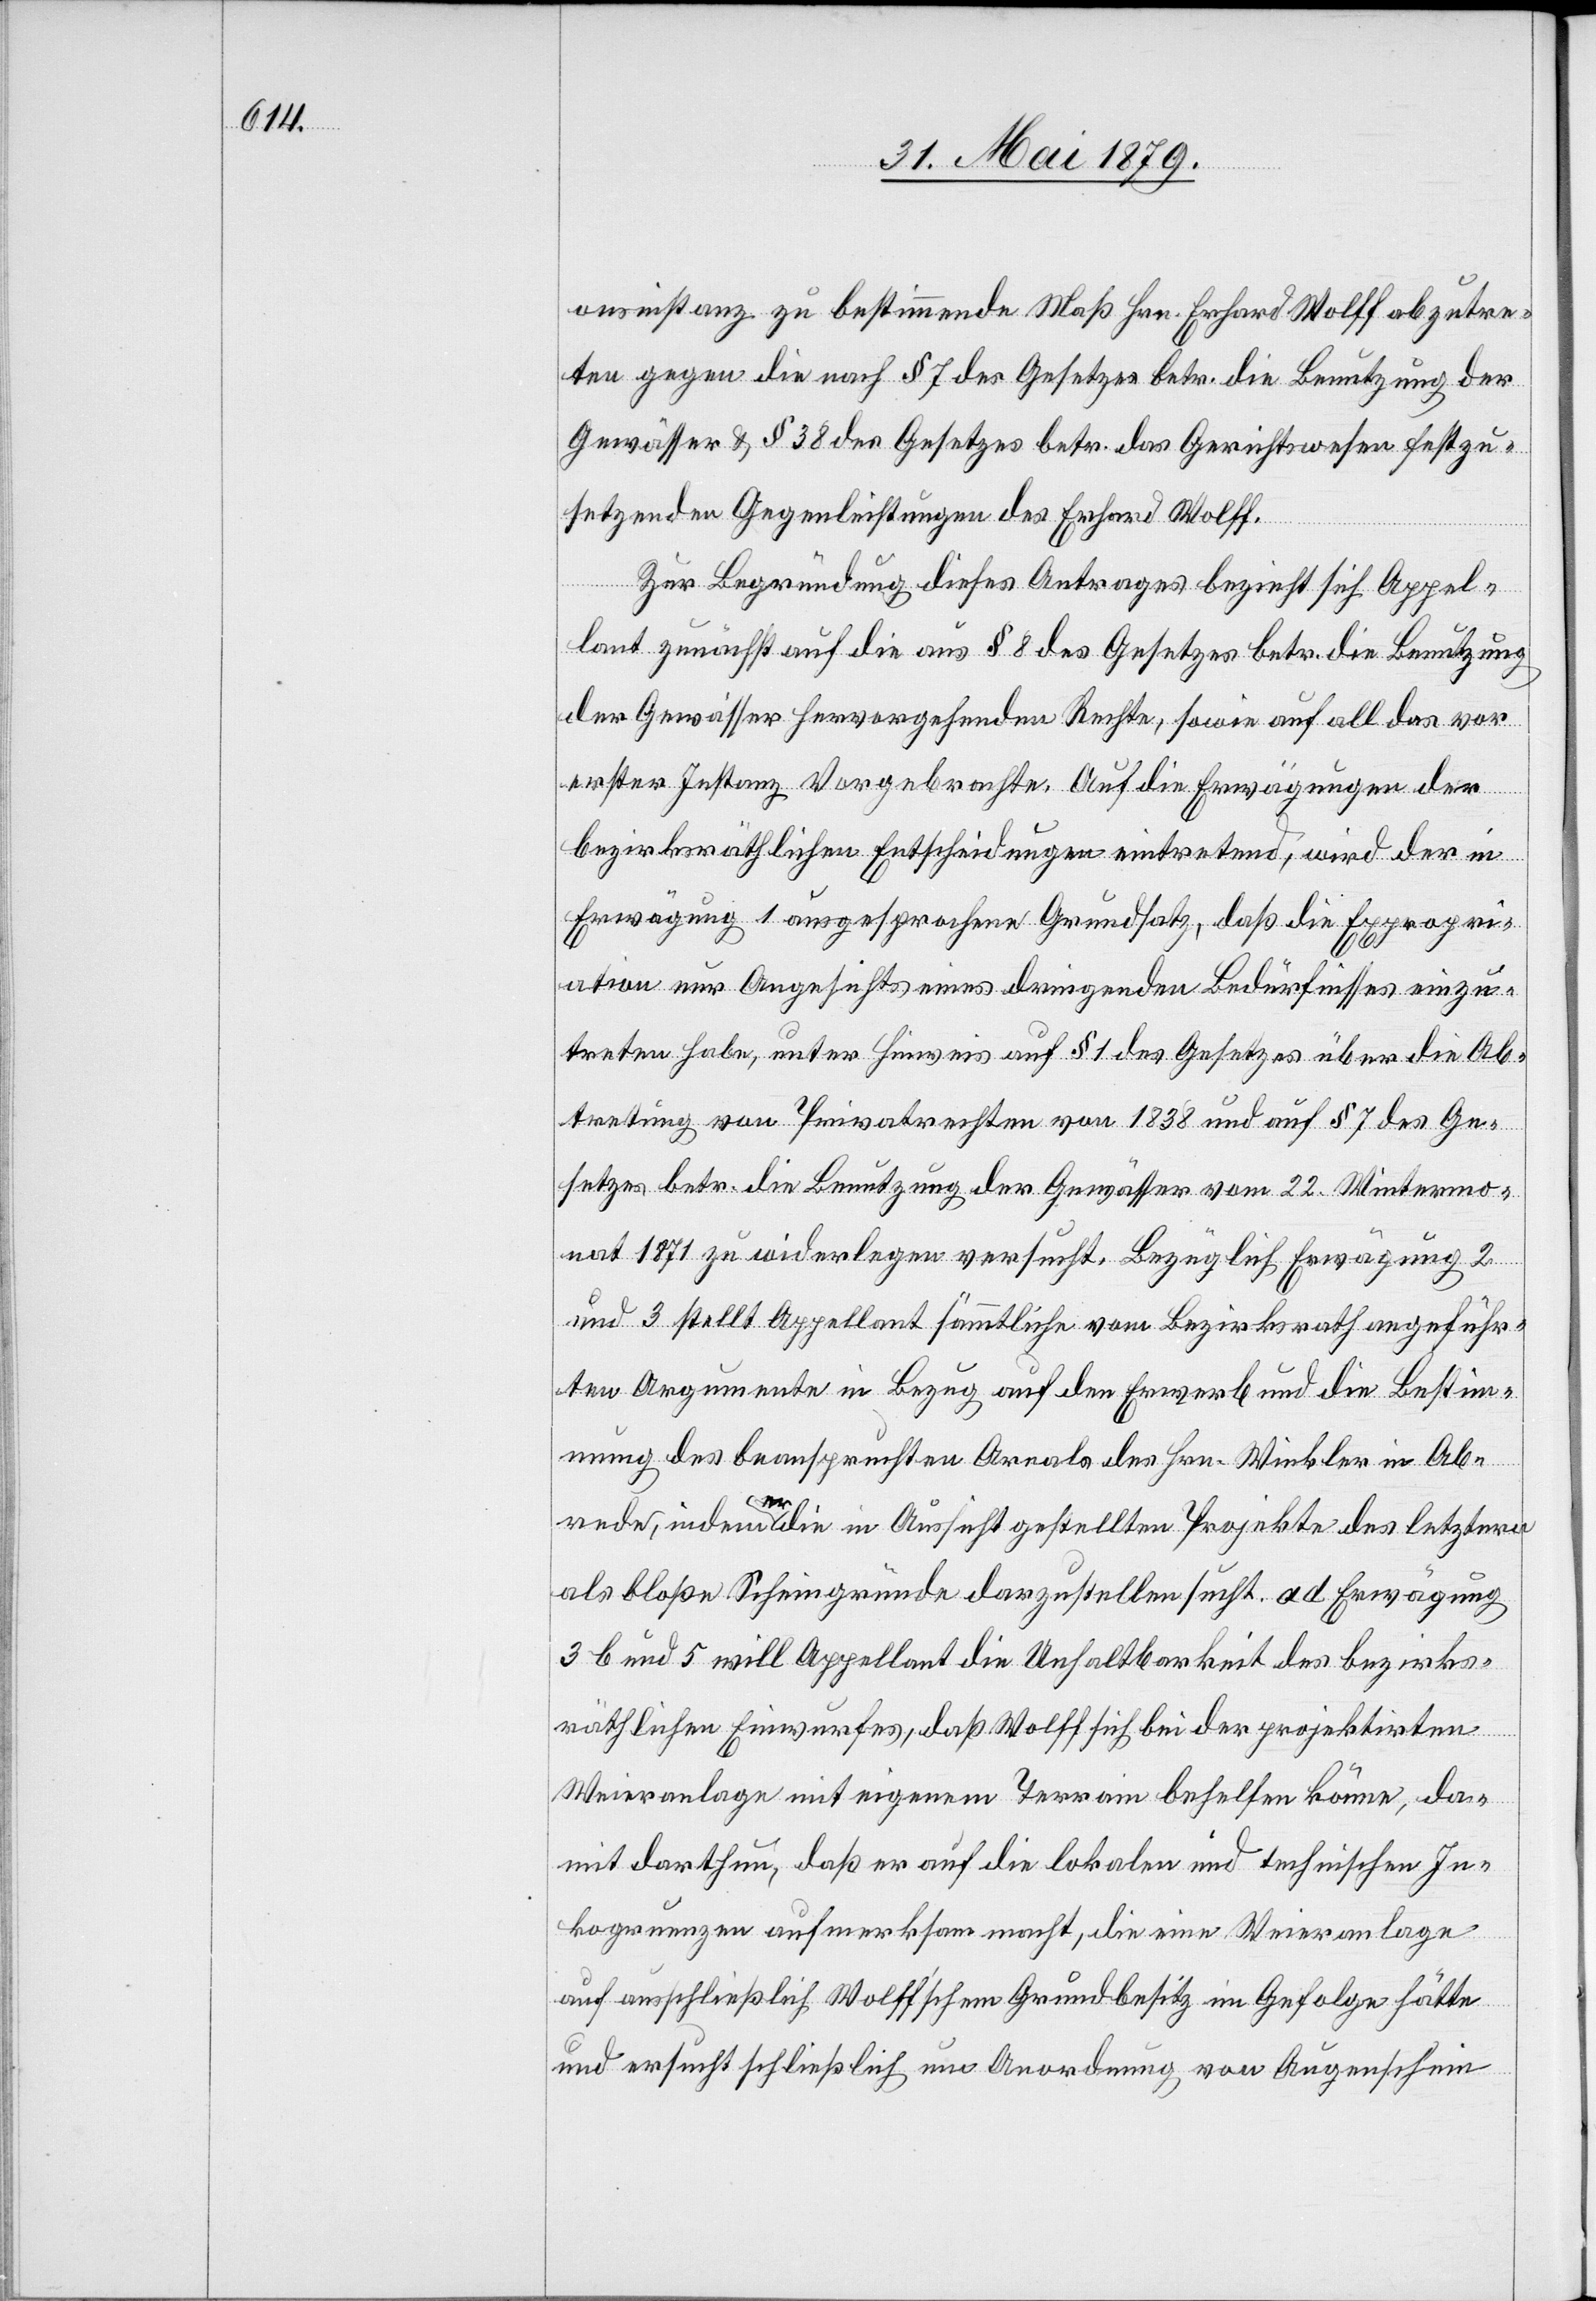
onsinstanz zu bestimmende Maß Hrn. Erhard Wolff abzutre¬
ten gegen die nach § 7 des Gesetzes betr. die Benutzung der
Gewässer & § 38 des Gesetzes betr. das Gerichtswesen festzu¬
setzenden Gegenleistungen des Erhard Wolff.
Zur Begründung dieses Antrages bezieht sich Appel¬
lant zunächst auf die aus § 8 des Gesetzes betr. die Benutzung
der Gewässer hervorgehenden Rechte, sowie auf all das vor
erster Instanz Vorgebrachte. Auf die Erwägungen der
bezirksräthlichen Entscheidungen eintretend, wird der in
Erwägung 1 ausgesprochene Grundsatz, daß die Expropri¬
ation nur Angesichts eines dringenden Bedürfnisses einzu¬
treten habe, unter Hinweis auf § 1 des Gesetzes über die Ab¬
tretung von Privatrechten von 1838 und auf § 7 des Ge¬
setzes betr. die Benutzung der Gewässer vom 22. Wintermo¬
nat 1871 zu widerlegen versucht. Bezüglich Erwägung 2
und 3 stellt Appellant sämmtliche vom Bezirksrath angeführ¬
ten Argumente in Bezug auf den Erwerb und die Bestim¬
mung des beanspruchten Areals des Hrn. Winkler in Ab¬
rede, indem er die in Aussicht gestellten Projekte des letztern
als bloße Scheingründe darzustellen sucht. ad [sic!] Erwägung
3 b und 5 will Appellant die Unhaltbarkeit des bezirks¬
räthlichen Einwurfes, daß Wolff sich bei der projektirten
Weieranlage mit eigenem Terrain behelfen könne, da¬
mit darthun, daß er auf die lokalen und technischen In¬
kongruenzen aufmerksam macht, die eine Weieranlage
auf ausschließlich Wolff’schem Grundbesitz im Gefolge hätte
und ersucht schließlich um Anordnung von Augenschein